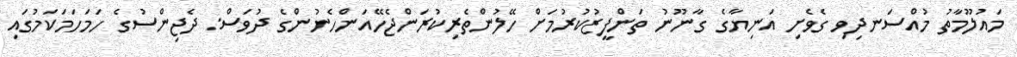
މައުލޫމާތު މުއްސަނދިވި ގެވެށި އަނިޔާގެ ގާނޫނު ތަންފީޒުކުރުމަށް ހޭލުންތެރިކުރަންޖެހޭއަންހެނުންގެ ދުވަސް: ދެޖިންސުގެ ހަމަހަމަކަމުގައި